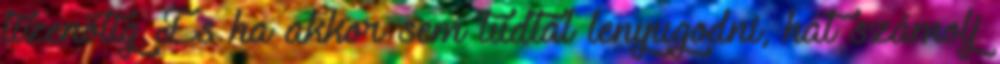
tizenötig És ha akkor sem tudtál lenyugodni, hát számolj